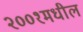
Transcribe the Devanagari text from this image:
२००१मधील